Report on sanitation, dispensaries, and jails in Rajputana for 1913, and on vaccination for the year 1913-1914 - 1913-1914
Year: 1913
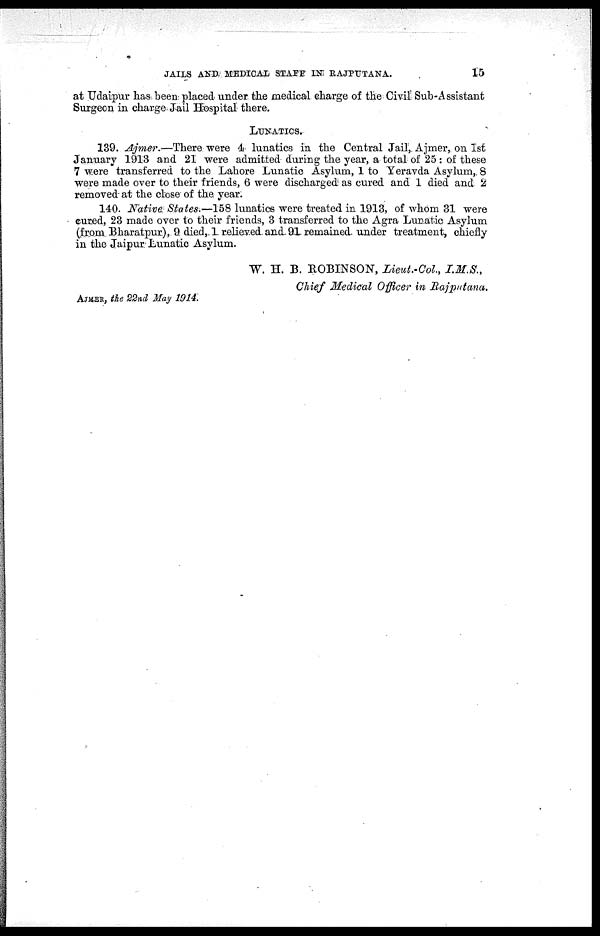
JAILS AND MEDICAL STAFF IN RAJPUTANA.
15
at Udaipur has been placed under the medical charge of the Civil Sub-Assistant
Surgeon in charge Jail Hospital there.
LUNATICS.
139. Ajmer.—There were 4 lunatics in the Central Jail, Ajmer, on 1st
January 1913 and 21 were admitted during the year, a total of 25 : of these
7 were transferred to the Lahore Lunatic Asylum, 1 to Yeravda Asylum,8
were made over to their friends, 6 were discharged as cured and 1 died and 2
removed at the close of the year.
140. Native States.—158 lunatics were treated in 1913, of whom 31 were
cured, 23 made over to their friends, 3 transferred to the Agra Lunatic Asylum
(from Bharatpur), 9 died, 1 relieved and 91 remained under treatment, chiefly
in the Jaipur Lunatic Asylum.
W. H. B. ROBINSON, Lieut.-Col,
I.M.S.,
Chief Medical Officer in Rajputana.
AJMER, the 22nd May 1914.